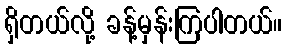
ရှိတယ်လို့ ခန့်မှန်းကြပါတယ်။